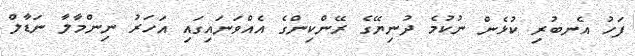
ފަހު އެނބުރި ކުޅެން ނުކުމެ ދުނިޔޭގެ ރޭންކިންގެ އެއްވަނައިގައި އަހަރު ނިންމާލާ ނަޑާލް